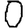
Digit: 0